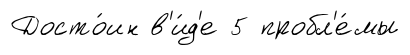
Досто́ин в'и́д'е 5 пробл'е́мы